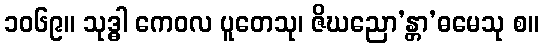
၁၀၆၉။ သုဒ္ဓါ ကေဝလ ပူတေသု၊ ဇိဃညော’န္တာ’ဓမေသု စ။